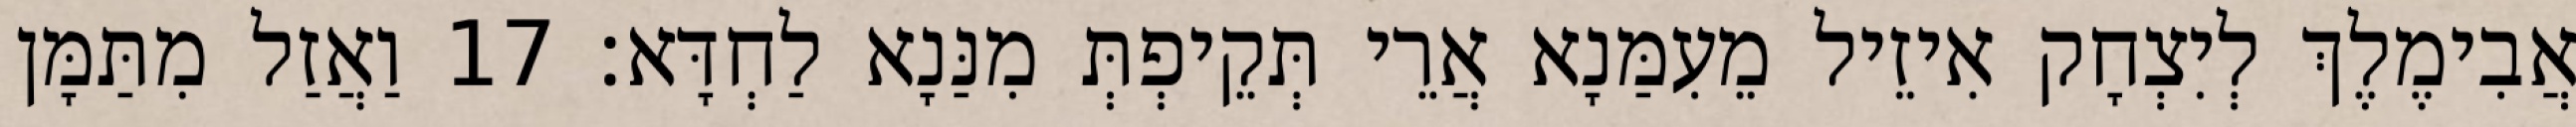
אֲבִימֶלֶךְ לְיִצְחָק אִיזֵיל מֵעִמַּנָא אֲרֵי תְּקֵיפְתְּ מִנַּנָא לַחְדָּא׃ 17 וַאֲזַל מִתַּמָּן